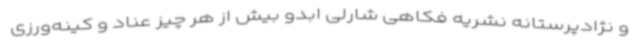
و نژادپرستانه نشریه فکاهی شارلی ابدو بیش از هر چیز عناد و کینه‌ورزی